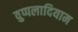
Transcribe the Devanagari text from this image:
वुप्पलादियाम